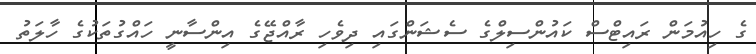
ގެ ހިއުމަން ރައިޓްސް ކައުންސިލްގެ ސެޝަންގައި ދިވެހި ރާއްޖޭގެ އިންސާނީ ހައްގުތަކުގެ ހާލަތު